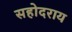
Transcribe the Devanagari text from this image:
सहोदराय